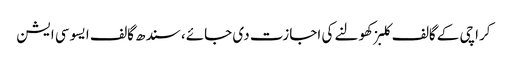
کراچی کے گالف کلبز کھولنے کی اجازت دی جائے، سندھ گالف ایسوسی ایشن